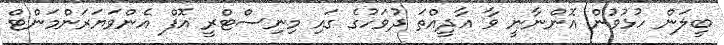
ބީލަން ހުޅުވުން އޮންނާނީ ވާ އާދީއްތަ ދުވަހުގެ ގައި މިނިސްޓްރީ އޮފް އެންވަޔަރަންމަންޓް